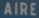
AIRE